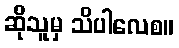
ဆိုသူမှ သိပါလေစ။